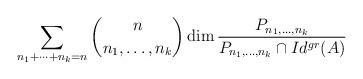
LaTeX: \begin{align*}\sum_{n_1+\cdots+n_k=n} {n\choose n_1,\ldots,n_k} \dim\frac{P_{n_1,\ldots,n_k}}{P_{n_1,\ldots,n_k}\cap Id^{gr}(A)}\end{align*}